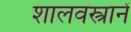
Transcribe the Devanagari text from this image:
शालवस्त्रानें